Annual report of the Civil Veterinary Department, Bengal, for the year 1896-97 - 1896-1897
Year: 1896
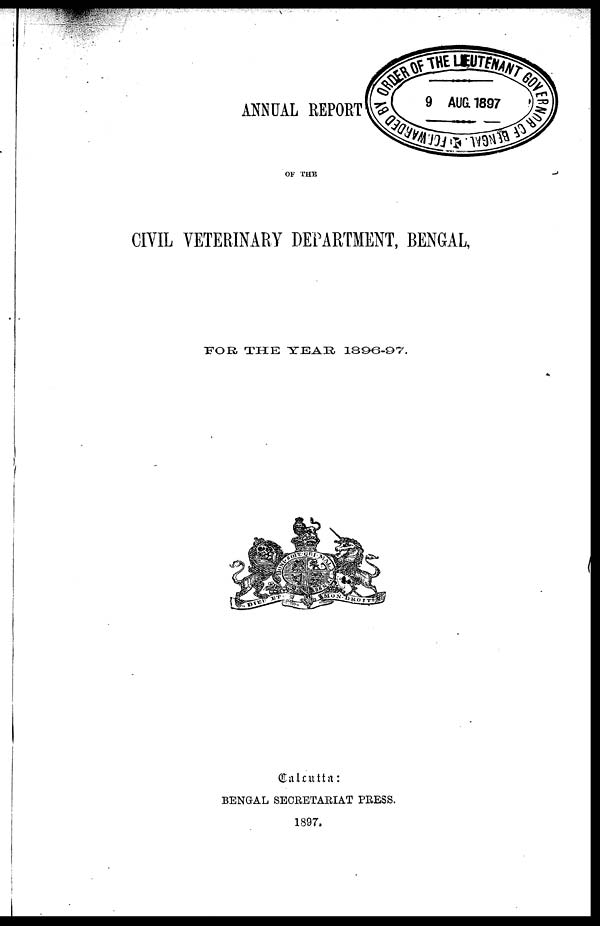
ANNUAL REPORT
OF THE
CIVIL VETERINARY DEPARTMENT, BENGAL,
FOR THE TEAR 1896-97.
Calcutta:
BENGAL SECRETARIAT PRESS.
1897.